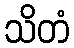
သိတံ